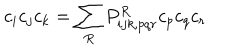
c _ { i } c _ { j } c _ { k } = \sum _ { R } P _ { i j k , p q r } ^ { R } c _ { p } c _ { q } c _ { r }